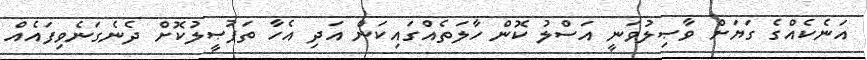
އަނެކެއްގެ ގަޔަށް ވާޞިލުވަނީ އަސްލު ކޮން ހާލަތެއްގައިކަން އަދި އެހާ ތަފުޞީލުކޮށް ދެނެގަނެވިފައެއް